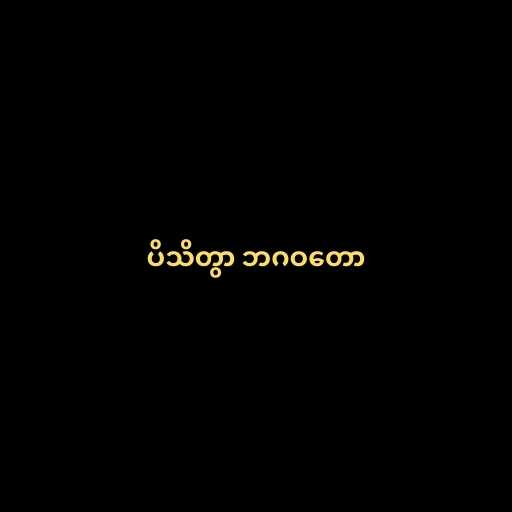
ပိသိတွာ ဘဂဝတော